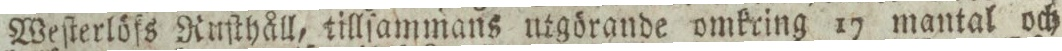
Weſterlöfs Ruſthåll, tillſammans utgörande omkring 17 mantal och